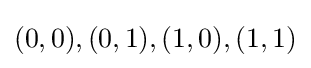
(0,0),(0,1),(1,0),(1,1)